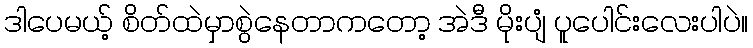
ဒါပေမယ့် စိတ်ထဲမှာစွဲနေတာကတော့ အဲဒီ မိုးပျံ ပူပေါင်းလေးပါပဲ။